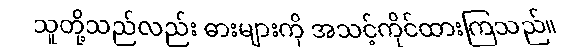
သူတို့သည်လည်း ဓားများကို အသင့်ကိုင်ထားကြသည်။